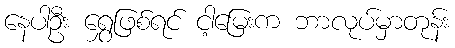
နေပါဦး ရွှေဖြစ်ရင် ငါ့မြေးက ဘာလုပ်မှာတုန်း